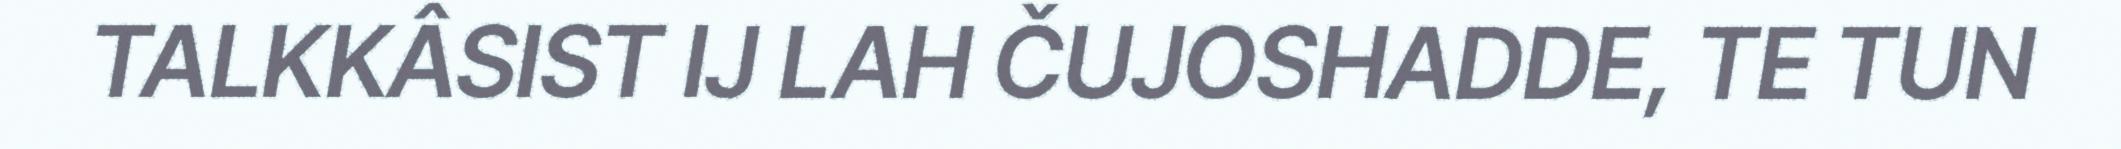
TALKKÂSIST IJ LAH ČUJOSHADDE, TE TUN